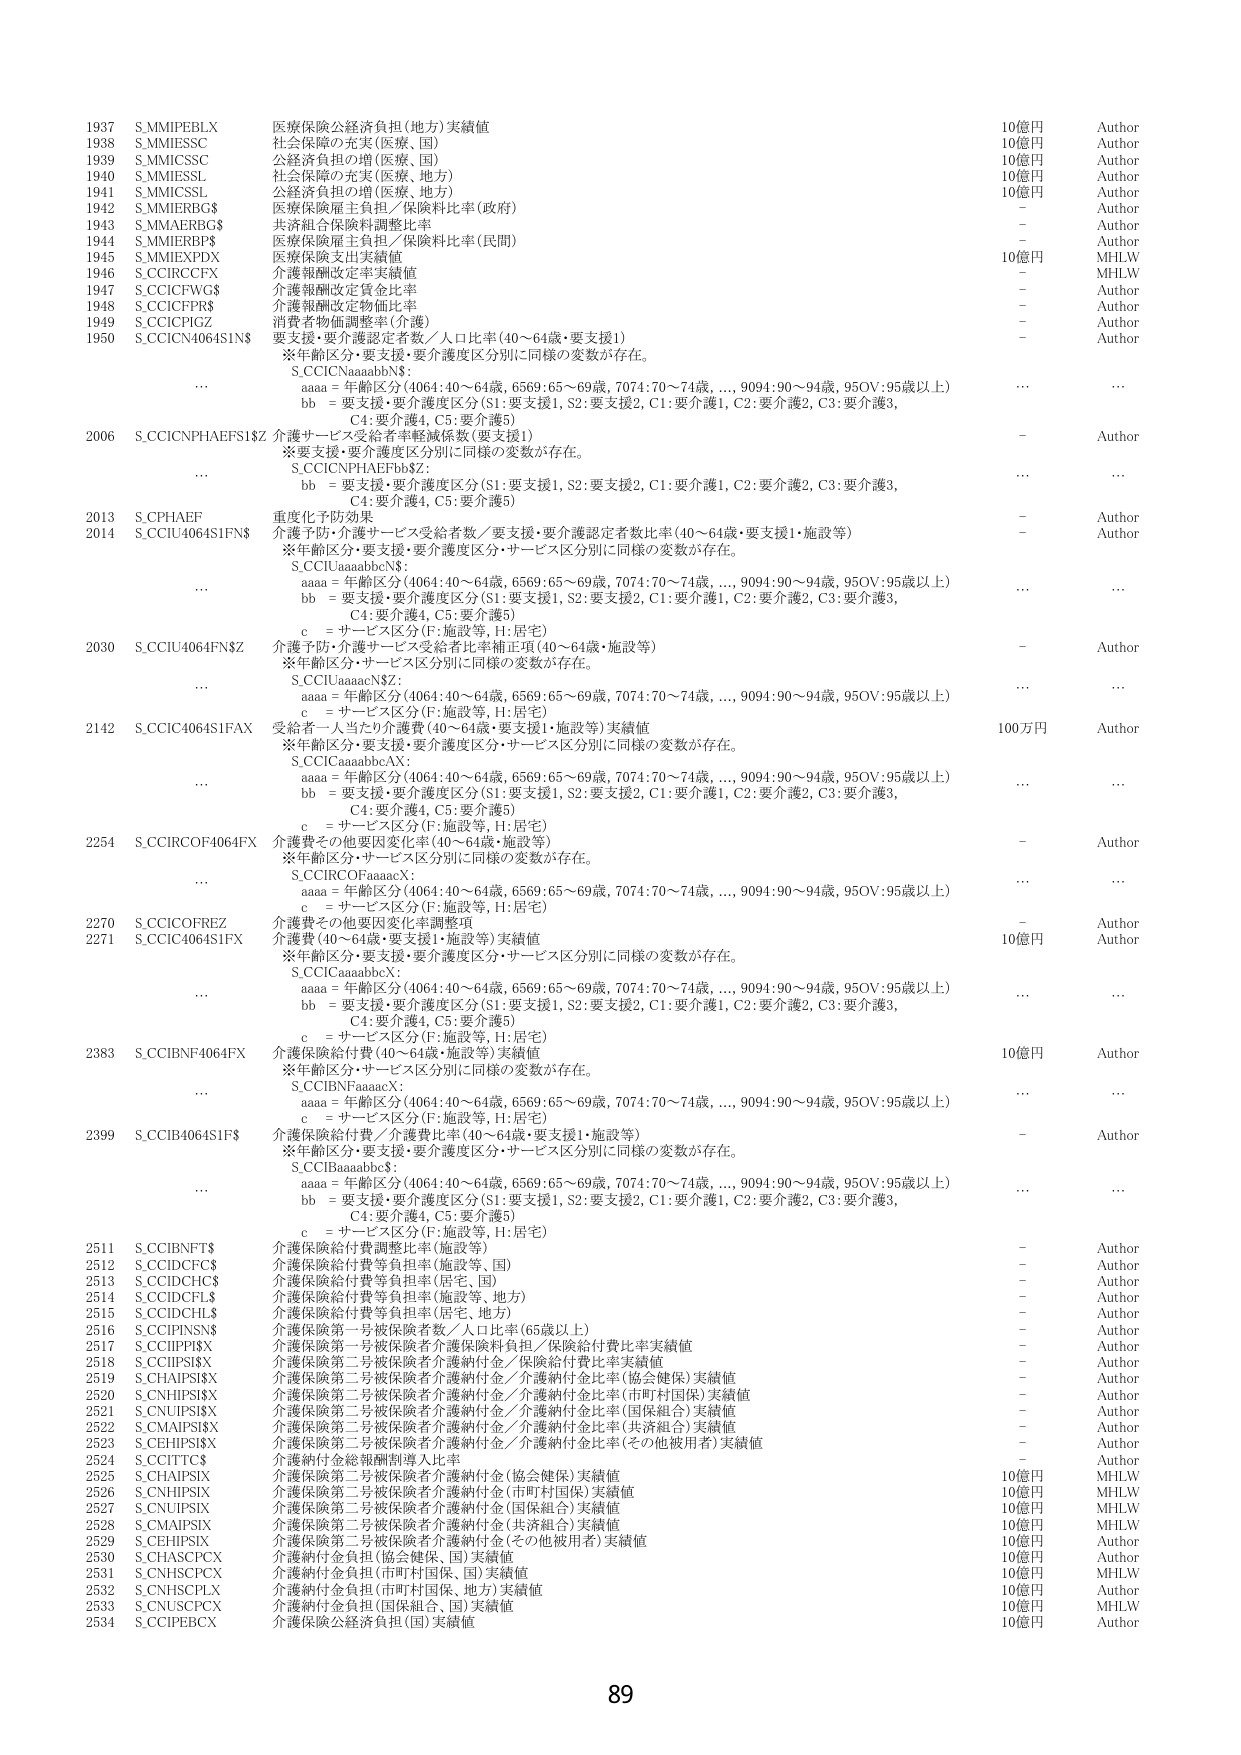
1937 S.MMIPEBLX 医療保険公経済負担(地方)実績値 10億円 Author
1938 S.MMIESSC 社会保障の充実(医療、国) 10億円 Author
1939 S.MMICSSC 公経済負担の増(医療、国) 10億円 Author
1940 S.MMIESSL 社会保障の充実(医療、地方) 10億円 Author
1941 S.MMICSSL 公経済負担の増(医療、地方) 10億円 Author
1942 S.MMIERBG$ 医療保険雇主負担／保険料比率(政府) - Author
1943 S.MMAERBG$ 共済組合保険料調整比率 - Author
1944 S.MMIERBP$ 医療保険雇主負担／保険料比率(民間) - Author
1945 S.MMIEXPDX 介護保険支出実績値 10億円 MHLW
1946 S.CCIRCFX 介護報酬改定率実績値 - MHLW
1947 S.CCICFWG$ 介護報酬改定賃金比率 - Author
1948 S.CCICFPR$ 介護報酬改定物価比率 - Author
1949 S.CCICPIGZ 消費者物価調整率(介護) - Author
1950 S.CCICN4064SIN$ 要支援・要介護認定者数／人口比率(40～64歳・要支援1) - Author
※年齢区分・要支援・要介護度区分別に同様の変数が存在。
S.CCICNaaaabbN$：
aaa = 年齢区分(4064:40～64歳, 6569:65～69歳, 7074:70～74歳,..., 9094:90～94歳, 95OV:95歳以上)
bb = 要支援・要介護度区分(S1:要支援1, S2:要支援2, C1:要介護1, C2:要介護2, C3:要介護3,
C4:要介護4, C5:要介護5)

2006 S.CCICNPHAEFS1$Z 介護サービス給与率軽減係数(要支援1) - Author
※要支援・要介護度区分別に同様の変数が存在。
S.CCICNPHAEFbb$Z：
bb = 要支援・要介護度区分(S1:要支援1, S2:要支援2, C1:要介護1, C2:要介護2, C3:要介護3,
C4:要介護4, C5:要介護5)

2013 S.CPHAEF 重度化予防効果 - Author
2014 S.CCIU4064S1FN$ 介護予防・介護サービス受給者数／要支援・要介護認定者数比率(40～64歳・要支援1・施設等) - Author
※年齢区分・要支援・要介護度区分・サービス区分別に同様の変数が存在。
S.CCIUaaaabbN$：
aaa = 年齢区分(4064:40～64歳, 6569:65～69歳, 7074:70～74歳,..., 9094:90～94歳, 95OV:95歳以上)
bb = 要支援・要介護度区分(S1:要支援1, S2:要支援2, C1:要介護1, C2:要介護2, C3:要介護3,
C4:要介護4, C5:要介護5)
c = サービス区分(F:施設等, H:居宅)

2030 S.CCIU4064FN$Z 介護予防・介護サービス受給者比率補正項(40～64歳・施設等) - Author
※年齢区分・サービス区分別に同様の変数が存在。
S.CCIUaaaacN$Z：
aaa = 年齢区分(4064:40～64歳, 6569:65～69歳, 7074:70～74歳,..., 9094:90～94歳, 95OV:95歳以上)
c = サービス区分(F:施設等, H:居宅)

2142 S_CCIC4064S1FAX 受給者一人当たり介護費(40～64歳・要支援1・施設等)実績値 100万円 Author
※年齢区分・要支援・要介護度区分・サービス区分別に同様の変数が存在。
S.CCICaaaabbAX：
aaa = 年齢区分(4064:40～64歳, 6569:65～69歳, 7074:70～74歳,..., 9094:90～94歳, 95OV:95歳以上)
bb = 要支援・要介護度区分(S1:要支援1, S2:要支援2, C1:要介護1, C2:要介護2, C3:要介護3,
C4:要介護4, C5:要介護5)
c = サービス区分(F:施設等, H:居宅)

2254 S_CCIRCOF4064FX 介護費その他要因変化率(40～64歳・施設等) - Author
※年齢区分・サービス区分別に同様の変数が存在。
S.CCIRCOFaaacX：
aaa = 年齢区分(4064:40～64歳, 6569:65～69歳, 7074:70～74歳,..., 9094:90～94歳, 95OV:95歳以上)
c = サービス区分(F:施設等, H:居宅)

2270 S.CCICOFREZ 介護費その他要因変化率調整項 - Author
2271 S.CCIC4064S1FX 介護費(40～64歳・要支援1・施設等)実績値 10億円 Author
※年齢区分・要支援・要介護度区分・サービス区分別に同様の変数が存在。
S.CCICaaaabbX：
aaa = 年齢区分(4064:40～64歳, 6569:65～69歳, 7074:70～74歳,..., 9094:90～94歳, 95OV:95歳以上)
bb = 要支援・要介護度区分(S1:要支援1, S2:要支援2, C1:要介護1, C2:要介護2, C3:要介護3,
C4:要介護4, C5:要介護5)
c = サービス区分(F:施設等, H:居宅)

2383 S_CCIBNF4064FX 介護保険給付費(40～64歳・施設等)実績値 10億円 Author
※年齢区分・サービス区分別に同様の変数が存在。
S.CCIBNFaaacX：
aaa = 年齢区分(4064:40～64歳, 6569:65～69歳, 7074:70～74歳,..., 9094:90～94歳, 95OV:95歳以上)
c = サービス区分(F:施設等, H:居宅)

2399 S_CCIB4064S1F$ 介護保険給付費／介護費比率(40～64歳・要支援1・施設等) - Author
※年齢区分・要支援・要介護度区分・サービス区分別に同様の変数が存在。
S.CCIBaaaabb$：
aaa = 年齢区分(4064:40～64歳, 6569:65～69歳, 7074:70～74歳,..., 9094:90～94歳, 95OV:95歳以上)
bb = 要支援・要介護度区分(S1:要支援1, S2:要支援2, C1:要介護1, C2:要介護2, C3:要介護3,
C4:要介護4, C5:要介護5)
c = サービス区分(F:施設等, H:居宅)

2511 S.CCIBNFT$ 介護保険給付費調整比率(施設等) - Author
2512 S.CCIDCFC$ 介護保険給付費等負担率(施設等、国) - Author
2513 S.CCIDCHC$ 介護保険給付費等負担率(居宅、国) - Author
2514 S.CCIDCFL$ 介護保険給付費等負担率(施設等、地方) - Author
2515 S.CCIDCHL$ 介護保険給付費等負担率(居宅、地方) - Author
2516 S.CCIPINSN$ 介護保険第一号被保険者数／人口比率(65歳以上) - Author
2517 S.CCIIPPI$X 介護保険第一号被保険者介護保険料負担／保険給付費比率実績値 - Author
2518 S.CCIIPSI$X 介護保険第一号被保険者介護納付金／保険給付金比率実績値 - Author
2519 S.CHAPSI$X 介護保険第二号被保険者介護納付金／介護納付金比率(協会健保)実績値 - Author
2520 S.CNHIPSI$X 介護保険第二号被保険者介護納付金／介護納付金比率(市町村国保)実績値 - Author
2521 S.CNUIPSI$X 介護保険第二号被保険者介護納付金／介護納付金比率(国保組合)実績値 - Author
2522 S.CMAIPSI$X 介護保険第二号被保険者介護納付金／介護納付金比率(共済組合)実績値 - Author
2523 S.CEHIPSI$X 介護保険第二号被保険者介護納付金／介護納付金比率(その他被用者)実績値 - Author
2524 S.CCITTC$ 介護納付金総額調剤導入比率 - Author
2525 S.CHAPSI$X 介護保険第二号被保険者介護納付金(協会健保)実績値 10億円 MHLW
2526 S.CNHIPSI$X 介護保険第二号被保険者介護納付金(市町村国保)実績値 10億円 MHLW
2527 S.CNUIPSI$X 介護保険第二号被保険者介護納付金(国保組合)実績値 10億円 MHLW
2528 S.CMAIPSI$X 介護保険第二号被保険者介護納付金(共済組合)実績値 10億円 MHLW
2529 S.CEHIPSI$X 介護保険第二号被保険者介護納付金(その他被用者)実績値 10億円 Author
2530 S.CHASCP$X 介護納付金負担(協会健保、国)実績値 10億円 Author
2531 S.CNHSCP$X 介護納付金負担(市町村国保、国)実績値 10億円 MHLW
2532 S.CNHSCPLX 介護納付金負担(市町村国保、地方)実績値 10億円 Author
2533 S.CNUSCP$X 介護納付金負担(国保組合、国)実績値 10億円 MHLW
2534 S.CCIPEBCX 介護保険公経済負担(国)実績値 10億円 Author

89